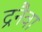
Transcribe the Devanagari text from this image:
द्रनैवा